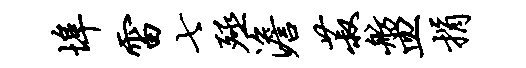
埠雷七殛澹菽舫皿捐